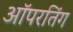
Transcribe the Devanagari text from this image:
ऑपरतिंग